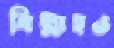
বিল্লাহও